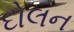
દોલન